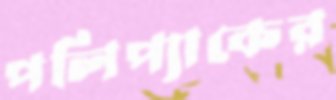
পলিপ্যাকের